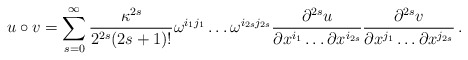
\begin{align*}u \circ v = \sum_{s=0}^{\infty} {\kappa^{2s} \over 2^{2s}(2s+1)!}\omega^{i_1j_1} \ldots \omega^{i_{2s}j_{2s}}{\partial^{2s} u \over\partial x^{i_1} \ldots \partial x^{i_{2s}}}{\partial^{2s} v \over\partial x^{j_1} \ldots \partial x^{j_{2s}}}\,.\end{align*}